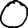
Digit: 0